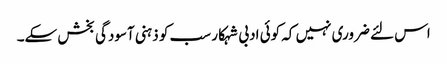
اس لئے ضروری نہیں کہ کوئی ادبی شہکار سب کو ذہنی آسودگی بخش سکے۔